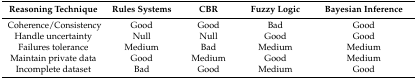
| Reasoning Technique | Rules Systems | CBR | Fuzzy Logic | Bayesian Inference |
 | --- | --- | --- | --- | --- |
 | Coherence/Consistency | Good | Good | Bad | Good |
 | Handle uncertainty | Null | Null | Good | Good |
 | Failures tolerance | Medium | Bad | Medium | Medium |
 | Maintain private data | Good | Medium | Good | Medium |
 | Incomplete dataset | Bad | Good | Medium | Good |